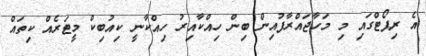
އެ ރިޕޯޓްގައި މި މަހާޖައްރާފުއިން ބިން ހިއްކާއިރު ހިއްކާނީ ކިއުބިކް މީޓަރެެއް ކިތައް